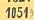
1051